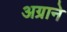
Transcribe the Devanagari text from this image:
अग्राने